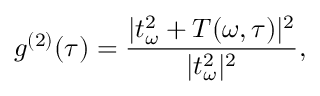
g ^ { ( 2 ) } ( \tau ) = \frac { | t _ { \omega } ^ { 2 } + T ( \omega , \tau ) | ^ { 2 } } { | t _ { \omega } ^ { 2 } | ^ { 2 } } ,